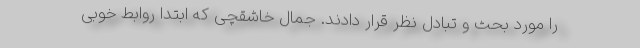
را مورد بحث و تبادل نظر قرار دادند. جمال خاشقچی که ابتدا روابط خوبی